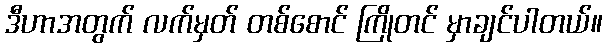
ဒီဟာအတွက် လက်မှတ် တစ်စောင် ကြိုတင် မှာချင်ပါတယ်။